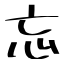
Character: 忘